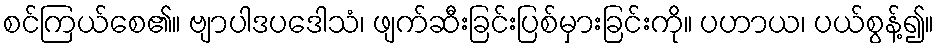
စင်ကြယ်စေ၏။ ဗျာပါဒပဒေါသံ၊ ဖျက်ဆီးခြင်းပြစ်မှားခြင်းကို။ ပဟာယ၊ ပယ်စွန့်၍။